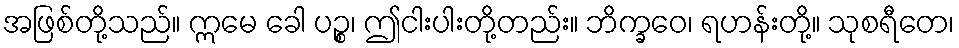
အဖြစ်တို့သည်။ ဣမေ ခေါ ပဉ္စ၊ ဤငါးပါးတို့တည်း။ ဘိက္ခဝေ၊ ရဟန်းတို့။ သုစရီတေ၊